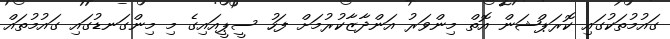
ގައުމުތަކުގައި ކޮރަޕްޝަން އޮތް މިންވަރު އަންދާޒާކުރުމަށް ފަހު ސީޕީއައިގެ މި މިންގަނޑުގައި ގައުމުތައް